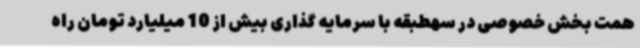
همت بخش خصوصی در سهطبقه با سرمایه گذاری بیش از 10 میلیارد تومان راه